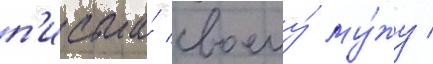
п'исьма́ своему́ му́жу /